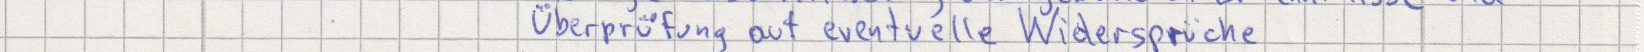
Überprüfung auf eventuelle Widersprüche